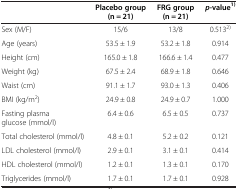
<table><thead><tr><td><b> </b></td><td><b>Placebo group (n = 21)</b></td><td><b>FRG group (n = 21)</b></td><td><b><i>p-</i>value<sup>1)</sup></b></td></tr></thead><tbody><tr><td>Sex (M/F)</td><td>15/6</td><td>13/8</td><td>0.513<sup>2)</sup></td></tr><tr><td>Age (years)</td><td>53.5 ± 1.9</td><td>53.2 ± 1.8</td><td>0.914</td></tr><tr><td>Height (cm)</td><td>165.0 ± 1.8</td><td>166.6 ± 1.4</td><td>0.477</td></tr><tr><td>Weight (kg)</td><td>67.5 ± 2.4</td><td>68.9 ± 1.8</td><td>0.646</td></tr><tr><td>Waist (cm)</td><td>91.1 ± 1.7</td><td>93.0 ± 1.3</td><td>0.406</td></tr><tr><td>BMI (kg/m<sup>2</sup>)</td><td>24.9 ± 0.8</td><td>24.9 ± 0.7</td><td>1.000</td></tr><tr><td>Fasting plasma glucose (mmol/l)</td><td>6.4 ± 0.6</td><td>6.5 ± 0.5</td><td>0.737</td></tr><tr><td>Total cholesterol (mmol/l)</td><td>4.8 ± 0.1</td><td>5.2 ± 0.2</td><td>0.121</td></tr><tr><td>LDL cholesterol (mmol/l)</td><td>2.9 ± 0.1</td><td>3.1 ± 0.1</td><td>0.414</td></tr><tr><td>HDL cholesterol (mmol/l)</td><td>1.2 ± 0.1</td><td>1.3 ± 0.1</td><td>0.170</td></tr><tr><td>Triglycerides (mmol/l)</td><td>1.7 ± 0.1</td><td>1.7 ± 0.1</td><td>0.928</td></tr></tbody></table>